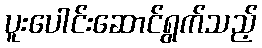
ပူးပေါင်းဆောင်ရွက်သည့်